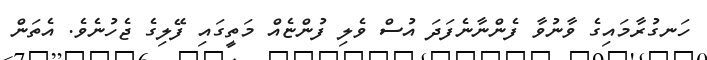
ހަނގުރާމައިގެ ވާނުވާ ފެންނާނެފަދަ އުސް ވެލި ފުންޏެއް މަތީގައި ފޭލިގެ ޖެހުނެވެ. އެތަން